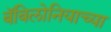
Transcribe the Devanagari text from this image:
बॅबिलोनियाच्या